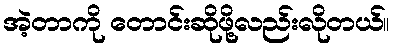
အဲ့တာကို တောင်းဆိုဖို့လည်းလိုတယ်။